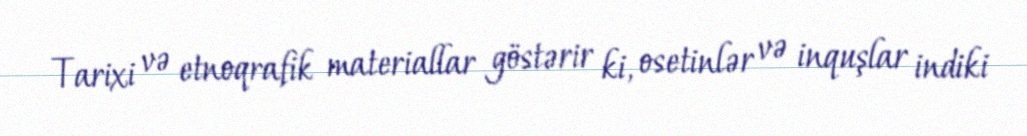
Tarixi və etnoqrafik materiallar göstərir ki, osetinlər və inquşlar indiki